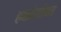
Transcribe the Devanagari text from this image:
हक्कांसोबत